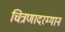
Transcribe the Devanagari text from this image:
चित्रणादरम्यान